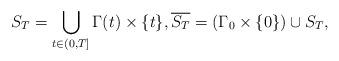
LaTeX: \begin{align*} S_T = \bigcup_{t\in(0,T]}\Gamma(t)\times\{t\}, \overline{S_T} = (\Gamma_0\times\{0\})\cup S_T,\end{align*}